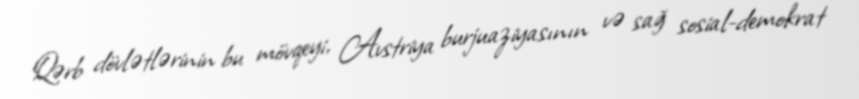
Qərb dövlətlərinin bu mövqeyi, Avstriya burjuaziyasının və sağ sosial-demokrat